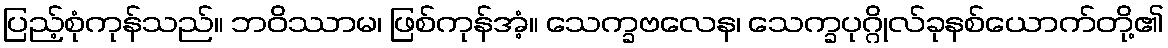
ပြည့်စုံကုန်သည်။ ဘဝိဿာမ၊ ဖြစ်ကုန်အံ့။ သေက္ခဗလေန၊ သေက္ခပုဂ္ဂိုလ်ခုနစ်ယောက်တို့၏